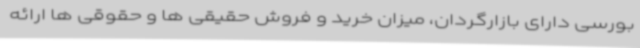
بورسی دارای بازارگردان، میزان خرید و فروش حقیقی ها و حقوقی ها ارائه